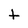
Character: t